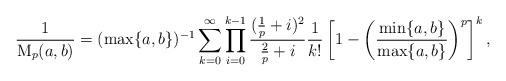
LaTeX: \begin{align*}\frac{1}{\mathrm{M}_p(a,b)}=(\max\{a,b\})^{-1}\sum_{k=0}^\infty \prod_{i=0}^{k-1}\frac{(\frac1p+i)^2}{\frac2p+i} \frac{1}{k!}\left[1-\left(\frac{\min\{a,b\}}{\max\{a,b\}}\right)^p\right]^k,\end{align*}